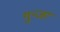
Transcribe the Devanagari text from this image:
गुन्जा